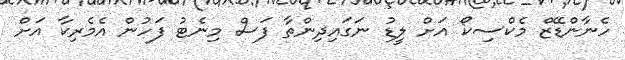
ހެނާންޑޭޒް މެކްސިކޯ އަށް ލީޑު ނަގައިދިންތާ ފަސް މިނެޓު ފަހުން އެމެރިކާ އަށް